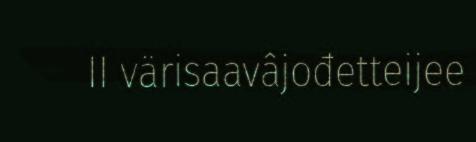
II värisaavâjođetteijee